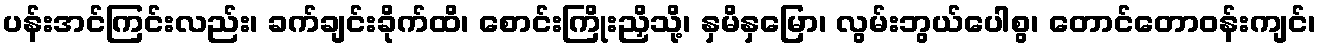
ပန်းအင်ကြင်းလည်း၊ ခက်ချင်းခိုက်ထိ၊ စောင်းကြိုးညှိသို့၊ နှမိနှမြော၊ လွမ်းဘွယ်ပေါစွ၊ တောင်တောဝန်းကျင်၊